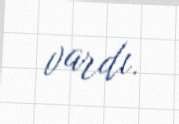
vardı.